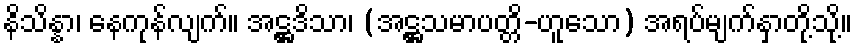
နိသိန္နာ၊ နေကုန်လျက်။ အဋ္ဌဒိသာ၊ (အဋ္ဌသမာပတ္တိ-ဟူသော) အရပ်မျက်နှာတို့သို့။